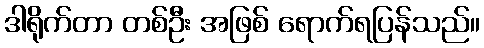
ဒါရိုက်တာ တစ်ဦး အဖြစ် ရောက်ရပြန်သည်။